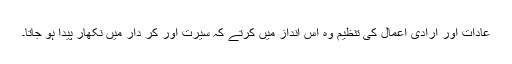
عادات اور ارادی اعمال کی تنظیم وہ اس انداز میں کرتے کہ سیرت اور کر دار میں نکھار پیدا ہو جاتا۔